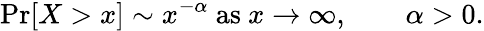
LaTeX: \operatorname*{Pr}[X>x]\sim x^{-\alpha}{\mathrm{~as~}}x\to\infty,\qquad\alpha>0.